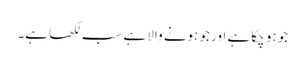
جو ہو چکا ہے اور جو ہونے والا ہے سب لکھا ہے۔